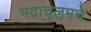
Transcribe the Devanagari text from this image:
भद्राचलमचे